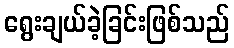
ရွေးချယ်ခဲ့ခြင်းဖြစ်သည်